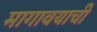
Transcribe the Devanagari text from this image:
मागावयाची